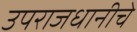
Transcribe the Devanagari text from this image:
उपराजधानीचे